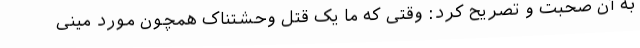
به آن صحبت و تصریح کرد: وقتی که ما یک قتل وحشتناک همچون مورد مینی